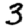
Digit: 3